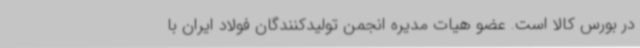
در بورس کالا است. عضو هیات مدیره انجمن تولیدکنندگان فولاد ایران با